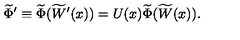
\widetilde { \Phi } ^ { \prime } \equiv \widetilde { \Phi } ( \widetilde { W } ^ { \prime } ( x ) ) = U ( x ) \widetilde { \Phi } ( \widetilde { W } ( x ) ) .